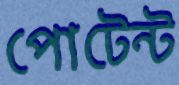
পোটেন্ট